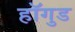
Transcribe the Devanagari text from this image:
हॉगुड